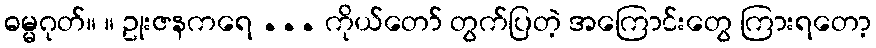
ဓမ္မဂုတ်။ ။ ဥုးဇနကရေ ... ကိုယ်တော် တွက်ပြတဲ့ အကြောင်းတွေ ကြားရတော့